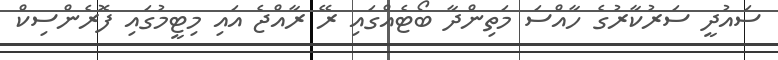
ސައުދީ ސަރުކާރުގެ ހާއްސަ މަތިންދާ ބޯޓެއްގައި ރޭ ރާއްޖެ އައި މިޓީމުގައި ފޮރެންސިކް